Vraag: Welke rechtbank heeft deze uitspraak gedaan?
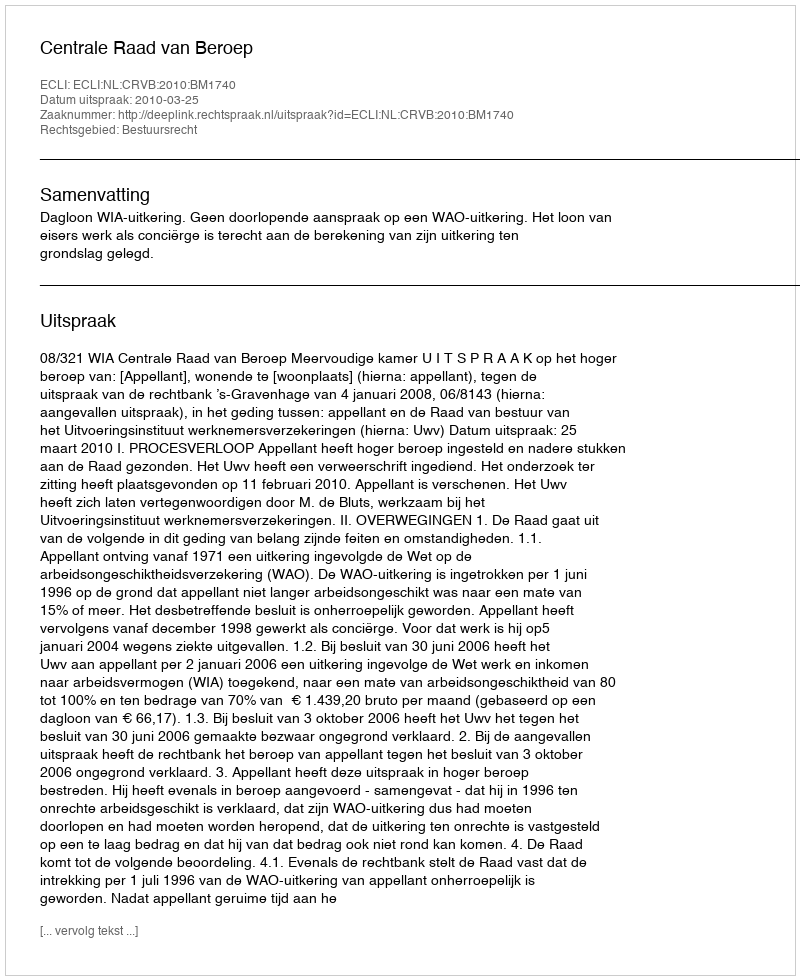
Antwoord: Centrale Raad van Beroep